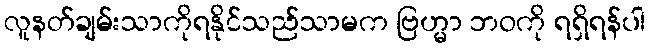
လူနတ်ချမ်းသာကိုရနိုင်သည်သာမက ဗြဟ္မာ ဘဝကို ရရှိရန်ပါ